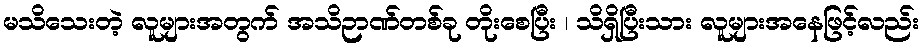
မသိသေးတဲ့ လူများအတွက် အသိဉာဏ်တစ်ခု တိုးစေပြီး ၊ သိရှိပြီးသား လူများအနေဖြင့်လည်း